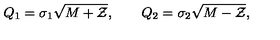
Q _ { 1 } = \sigma _ { 1 } \sqrt { M + { \cal Z } } , \qquad Q _ { 2 } = \sigma _ { 2 } \sqrt { M - { \cal Z } } ,